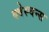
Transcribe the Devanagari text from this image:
क्वेस्चन्स